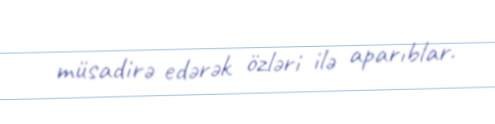
müsadirə edərək özləri ilə aparıblar.